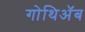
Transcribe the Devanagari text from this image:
गोथिॲब